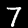
Digit: 7